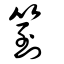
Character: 箌